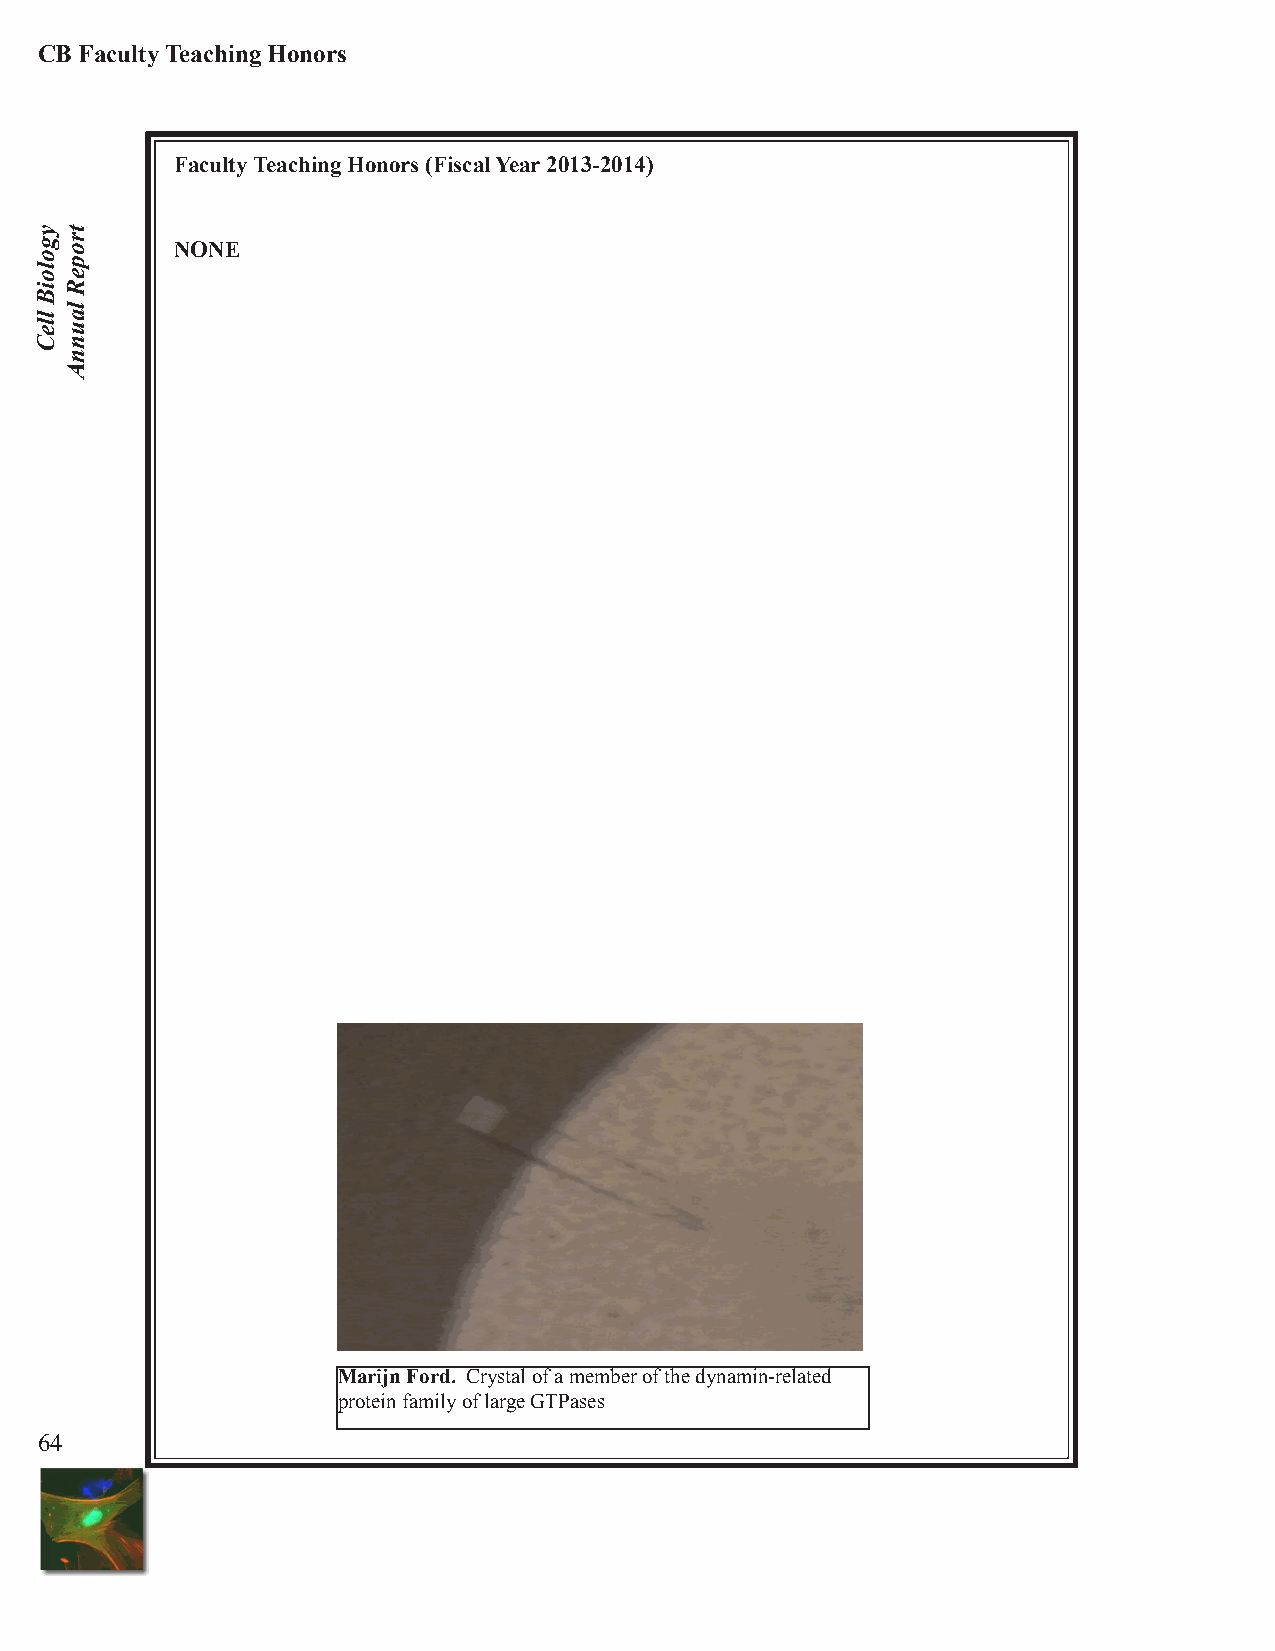
CB Faculty Teaching Honors
 Faculty Teaching Honors (Fiscal Year 2013-2014)
 NONE
 Marijn Ford. Crystal of a member of the dynamin-related
 protein family of large GTPases
 64
 ygoloiB
 lleC
 tropeR
 launnA